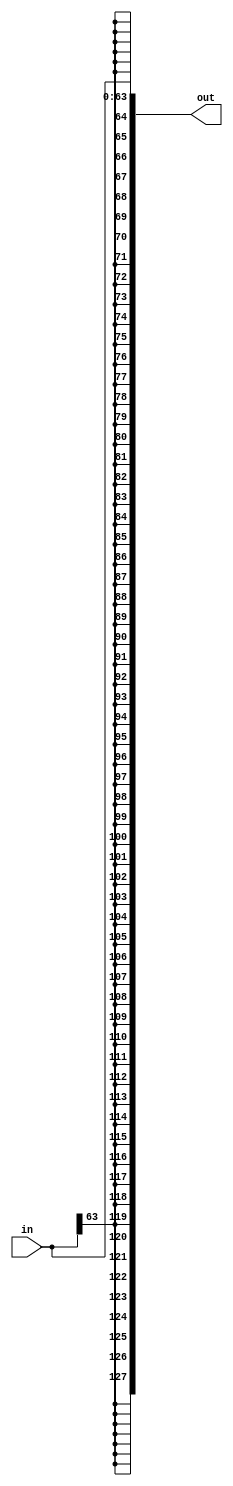

module sign_extender(
    output reg[127:0] out,
    input[63:0] in
);

always@(in)begin
    out <= { {127{in[63]}}, in};
end

endmodule